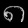
Digit: ၈